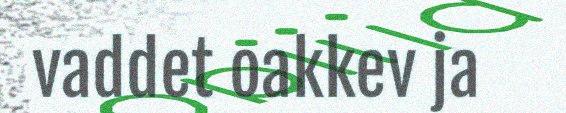
vaddet oakkev ja